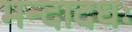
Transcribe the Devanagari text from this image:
मन्दादधः